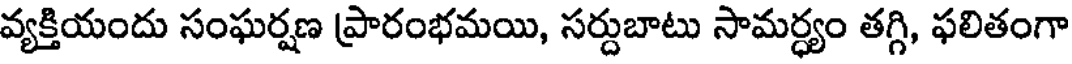
వ్యక్తియందు సంఘర్షణ ప్రారంభమయి, సర్దుబాటు సామర్ధ్యం తగ్గి, ఫలితంగా